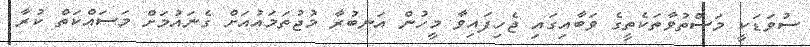
ސުވަޑަކީ މަސްތުވާތަކެތީގެ ވަބާއިގައި ޖެހިފައިވާ މީހުން އަނބުރާ މުޖުތަމައުއަށް ގެނައުމަށް މަސައްކަތް ކުރާ